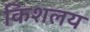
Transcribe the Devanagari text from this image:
किशलय